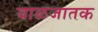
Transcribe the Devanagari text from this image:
बाळजातक